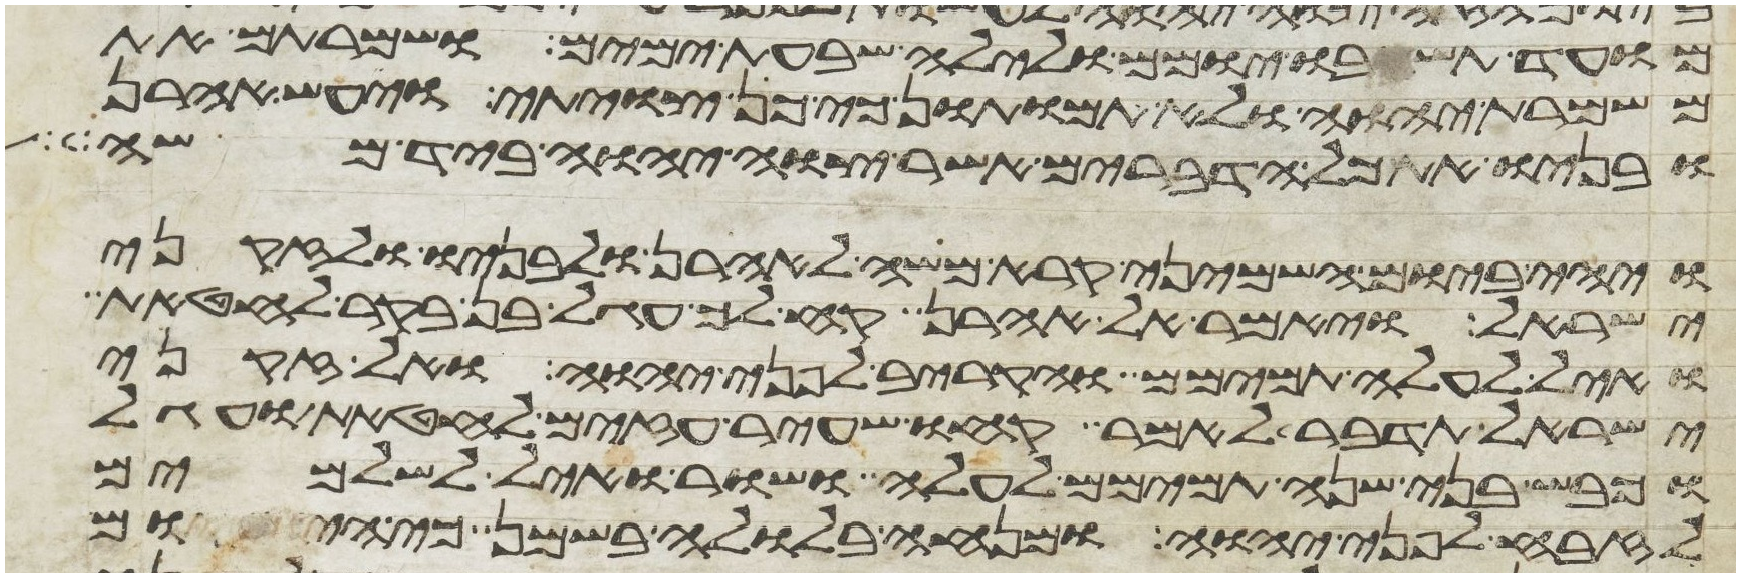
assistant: מועד תשבו יומם ולילה שבעת ימים ושמרתם את
משמרת יהוה ולא תמותו כי כן צויתי ויעש אהרן
ובניו את כל הדברים אשר צוה יהוה ביד משה
ויהי ביום השמיני קרא משה לאהרן ולבניו ולזקני
ישראל ויאמר אל אהרן קח לך עגל בן בקר לחטאת
ואיל לעלה תמימם והקריב לפני יהוה ואל זקני
ישראל תדבר לאמר קחו שעיר עזים לחטאת ועגל
וכבש בני שנה תמימם לעלה ושור ואיל לשלמים
לזבח לפני יהוה ומנחה בלולה בשמן כי היום